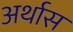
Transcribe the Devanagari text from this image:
अर्थास